Cholera in India, 1862 to 1881
Year: 1862
Disease focus: Cholera
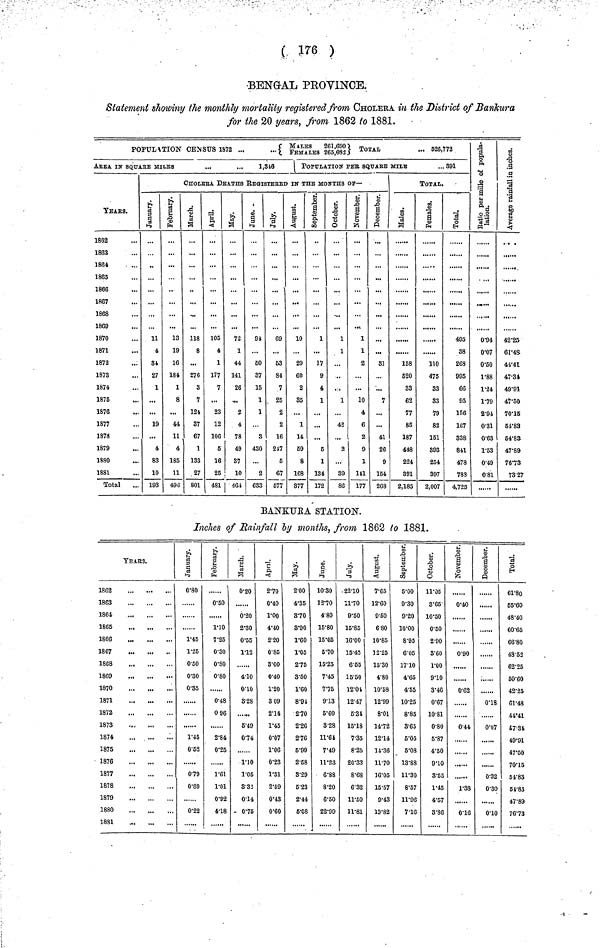
( 176 )
BENGAL PROVINCE.
Statement showing the monthly mortality registered from CHOLERA in the District of Bankura
for the 20 years, from 1862 to 1881.
POPULATION CENSUS 1872
{
MALES
261,690} TOTAL 526,772
Area IN SQUArE MILES
...
...
1,316
YEAR.
1862
1863
1864
1865
1866
1867
1868
1869
1870
1871
1872
1873
1874
1875
1876
1877
1878
1879
1880
1881
Total
1 POPULATION PEr, SQUArE MILS
... 391
CHOLErA DEATHS REGISTErED IN THE MONTHS OF—
January
11
4
31
27
1
...
...
19
...
4
83
10
193
February
13
19
16
184
1
8
...
44
11
4
185
11
493
March
118
8
...
276
8
7
124,
37
67
1
133
27
801
April
105
4
1
177
7
...
23
12
106
5
16
25
481
May
72
1
44
141
26
...
2
4
78
49
87
10
464
June
91
60
87
15
1
1
...
3
430
...
2
633
July
69
53
81
7
25
2
2
16
217
5
67
577
August
10
20
60
2
35
...
1
14
59
8
168
377
September
1
17
9
4
1
...
...
...
5
1
134
172
Octomber
1
1
1
42
...
2
...
39
86
November
1
1
2
10
4
6
2
9
1
111
177
December
...
81
...
7
...
...
41
26
9
154
268
TOTAL.
Males
158
520
33
62
77
85
187
448
224
391
2,185
Females
110
475
33
33
79
82
151
893
254
397
2,007
Total
495
38
268
995
66
95
156
167
338
841
478
788
4,725
Ratio per mille of Population
0·94
0·07
0·50
1·88
1·24
1·79
2·94
0·31
0·63
1·53
0·49
0·81
Average rainfall
in inchase
42·25
61·48
41·41
47·34
49·91
47·50
70·15
54·83
54·83
47·89
76·73
73·27
BANKURA STATION.
Inches of Rainfall by months, from 1862 to 1881.
YEAE3.
1862
1863
1864
1865
1866
1867
1868
1869
1870
1871
1872
1873
1874
1875
1876
1877
1878
1879
1880
1881
January
0·80
1·45
1·25
0·50
0·30
0·35
1·45
0·52
0·79
0·89
0·22
February
0·50
1·10
7·25
0·30
0·30
0·80
0·48
0 96
2·84
0·25
1·61
1·01
0·92
4·18
March
0·20
0·20
2·30
0·55
1·12
4·10
0·10
8·28
5·49
0·74
1·10
1·05
8·32
0·14
0·75
April
2·70
0·40
1·00
4·40
2·20
0·85
8·00
0·40
1·20
3 09
2·14
1·45
0·07
1·06
0·23
1·31
2·59
0··43
0·60
·
May
2·00
4·35
3·70
3·'90
1·60
1·05
2·75
8·50
1·60
8·91
2·70
2·20
2·76
5·99
2·58
3·29
5·23
2·44
5·08
June
10·30
12·70
4·80
15·80
15·05
5·70
15·25
7·45
7·75
9·13
5·60
8·28
11·61
7·49
11·23
6·88
8·20
6·60
22·99
July
22·10
11·70
9·50
15·85
16·00
15·45
6·65
15·50
12·04
12·47
5·31
15·18
7·35
8·25
20·33
8·68
6·32
11·50
11·81
August
7·65
12·60
9·50
6 80
10·85
12·25
15·30
4·80
10·58
12·99
8·01
14·72
12·14
14·36
11·70
10·05
15·57
9·43
19·82
September.
5·00
9·30
9·20
10·00
8·95
6·05
17·10
4·65
4·55
10·25
8·85
8·65
5·05
5·O8
13·88
11·30
8·57
11·96
7·16
Octomber
11·05
3·65
10·50
0·50
2·90
3·60
1·00
9·10
3·46
0·67
10·81
0·80
6·87
4·50
9·10
3·55
1·45
4·57
3·86
November.
0·40
0·90
0·62
0·44
1·38
0·16
December.
0·18
0·07
0·32
0·30
0·10
Total
61·80
65·60
48·40
60·65
66·80
48·53
62·25
50·60
42·25
61·48
41·41
·7-34
49·91
47·50
70·15
54·83
61·83
47·89
76·73